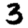
Digit: 3